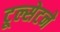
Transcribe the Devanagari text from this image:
टूल्सेटने